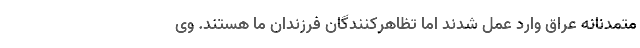
متمدنانه عراق وارد عمل شدند اما تظاهرکنندگان فرزندان ما هستند. وی